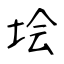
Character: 𡋗